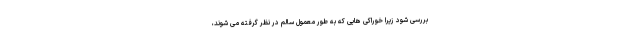
بررسی شود زیرا خوراکی هایی که به طور معمول سالم در نظر گرفته می شوند،